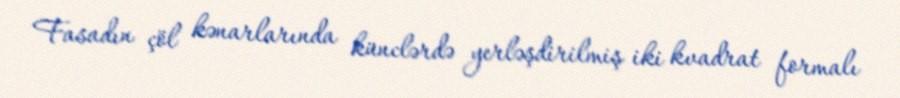
Fasadın çöl kənarlarında künclərdə yerləşdirilmiş iki kvadrat formalı